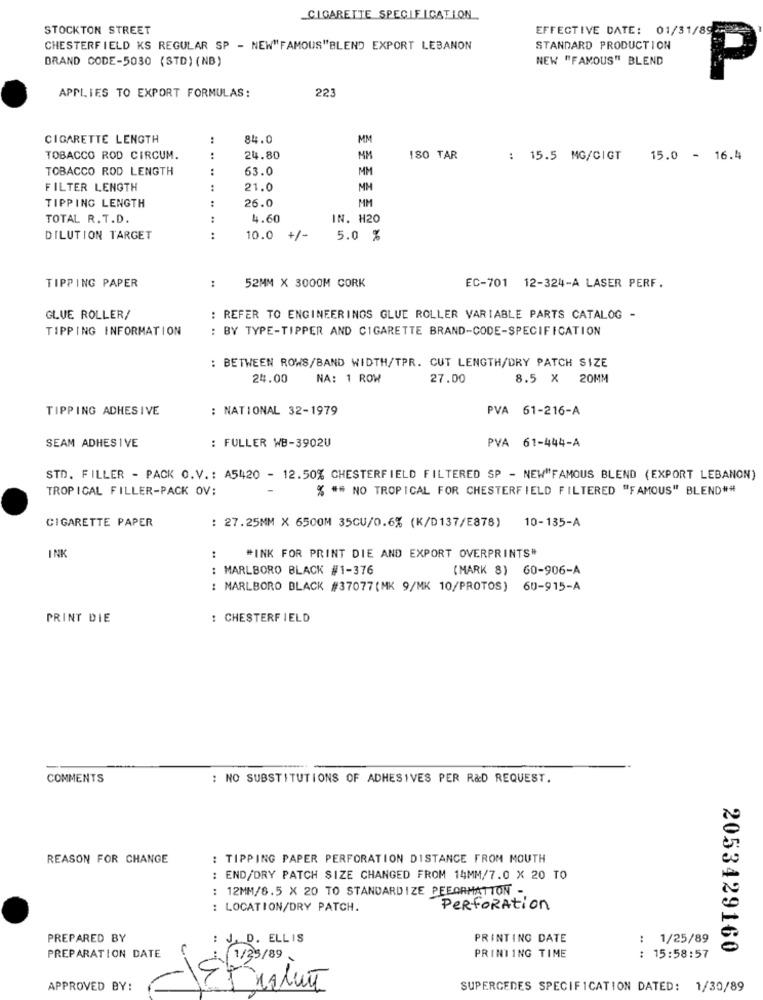
CIGARETTE SPECIFICATION
STOCKTON STREET
EFFECTIVE DATE: 01/31/89
CHESTERFIELD KS REGULAR SP - NEW"FAMOUS"BLEND EXPORT LEBANON
STANDARD PRODUCTION
NEW "FAMOUS" BLEND
BRAND CODE-5030 (STD) (NB)
P
22
APPLIES TO EXPORT FORMULAS:
CIGARETTE LENGTH
:
84.0
MM
TOBACCO ROD CIRCUM.
:
24.80
180 TAR
: 15.5 MG/CIGT
15.0 - 16.4
TOBACCO ROD LENGTH
:
63.0
MM
FILTER LENGTH
:
21.0
MH
TIPPING LENGTH
:
26.0
MM
TOTAL R.T.D.
:
4.60
IN. H20
DILUTION TARGET
:
10.0
+/-
5.0 %
52MM X 3000M CORK
TIPPING PAPER
EC-701 12-324-A LASER PERF.
GLUE ROLLER/
: REFER TO ENGINEERINGS GLUE ROLLER VARIABLE PARTS CATALOG -
TIPPING INFORMATION
: BY TYPE-TIPPER AND CIGARETTE BRAND-CODE-SPECIFICATION
: BETWEEN ROWS/BAND WIDTH/TPR. CUT LENGTH/DRY PATCH SIZE
24.00
NA: 1 ROW
27.00
8.5 × 20MM
TIPPING ADHESIVE
: NATIONAL 32-1979
PVA 61-216-A
SEAM ADHESIVE
: FULLER WB-3902U
PVA 61-444-A
STD. FILLER - PACK O.V .: A5420 - 12.50% CHESTERFIELD FILTERED SP - NEW"FAMOUS BLEND (EXPORT LEBANON)
TROPICAL FILLER-PACK OV:
% ** NO TROPICAL FOR CHESTERFIELD FILTERED "FAMOUS" BLEND##
CIGARETTE PAPER
: 27.25MM X 6500M 35CV/0.6% (K/D137/E878) 10-135-A
INK
"INK FOR PRINT DIE AND EXPORT OVERPRINTS"
: MARLBORO BLACK #1-376
(MARK 8) 60-906-A
: MARLBORO BLACK #37077(MK 9/MK 10/PROTOS) 60-915-A
PRINT DIE
: CHESTERFIELD
COMMENTS
: NO SUBSTITUTIONS OF ADHESIVES PER R&D REQUEST.
REASON FOR CHANGE
: TIPPING PAPER PERFORATION DISTANCE FROM MOUTH
: END/DRY PATCH SIZE CHANGED FROM 14MM/7.0 X 20 TO
: 12MM/6.5 X 20 TO STANDARDIZE PEFORMATION -
: LOCATION/DRY PATCH.
PERFORAtion
PREPARED BY
J. D. ELLIS
PRINTING DATE
: 1/25/89
PREPARATION DATE
PRINTING TIME
2053429160
1/35/89
: 15:58:57
APPROVED BY:
SUPERCEDES SPECIFICATION DATED: 1/30/89